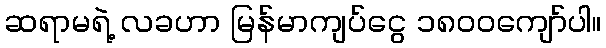
ဆရာမရဲ့ လခဟာ မြန်မာကျပ်ငွေ ၁၈၀၀ကျော်ပါ။